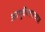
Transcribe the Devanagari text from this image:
आयुर्वेदशास्त्रज्ञ